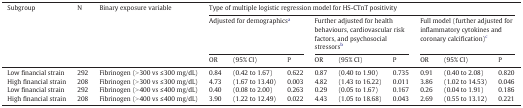
| <ROWSPAN=3> Subgroup | <ROWSPAN=3> N | <ROWSPAN=3> Binary exposure variable | <COLSPAN=9> Type of multiple logistic regression model for HS-CTnT positivity |
 | <COLSPAN=3> Adjusted for demographicsa | <COLSPAN=3> Further adjusted for health behaviours, cardiovascular risk factors, and psychosocial stressorsb | <COLSPAN=3> Full model (further adjusted for inflammatory cytokines and coronary calcification)c |
 | OR | (95% CI) | P | OR | (95% CI) | P | OR | (95% CI) | P |
 | --- | --- | --- | --- | --- | --- | --- | --- | --- | --- | --- | --- |
 | Low financial strain | 292 | Fibrinogen (> 300 vs ≤ 300 mg/dL) | 0.84 | (0.42 to 1.67) | 0.622 | 0.87 | (0.40 to 1.90) | 0.735 | 0.91 | (0.40 to 2.08) | 0.820 |
 | High financial strain | 208 | Fibrinogen (> 300 vs ≤ 300 mg/dL) | 4.73 | (1.67 to 13.40) | 0.003 | 4.82 | (1.43 to 16.22) | 0.011 | 3.86 | (1.02 to 14.53) | 0.046 |
 | Low financial strain | 292 | Fibrinogen (> 400 vs ≤ 400 mg/dL) | 0.40 | (0.08 to 2.00) | 0.263 | 0.29 | (0.05 to 1.67) | 0.167 | 0.26 | (0.04 to 1.91) | 0.186 |
 | High financial strain | 208 | Fibrinogen (> 400 vs ≤ 400 mg/dL) | 3.90 | (1.22 to 12.49) | 0.022 | 4.43 | (1.05 to 18.68) | 0.043 | 2.69 | (0.55 to 13.12) | 0.221 |